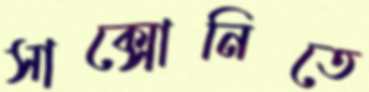
সাক্সোনিতে